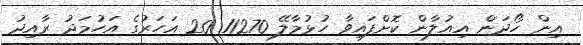
އިން ހޯދަން އިއުލާން ކޮށްފައިވާ ހުޅުމާލޭ 11270 20 އަހަރުގެ އަހުމަދު ރާއިދު